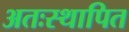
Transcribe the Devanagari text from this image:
अतःस्थापित